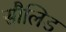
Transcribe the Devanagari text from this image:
सौलिड